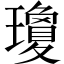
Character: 瓊